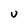
Character: U